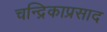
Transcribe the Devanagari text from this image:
चन्द्रिकाप्रसाद